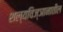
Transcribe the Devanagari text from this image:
शल्यविज्ञानातील